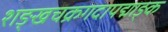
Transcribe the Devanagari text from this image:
शङ्खचक्रगदापद्माङ्क